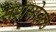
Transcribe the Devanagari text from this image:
सणसोहळे